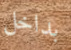
بداخل